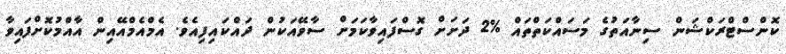
ކޮންސްޓްރަކްޝަން ސިނާއަތުގެ މަސައްކަތްތައް %2 ދަށަށް ގޮސްފައިވާކަމަށް ސާވޭއަކުން ދައްކައިފިއެވެ. އެމްއެމްއޭއިން އާއްމުކޮށްފައިވާ